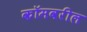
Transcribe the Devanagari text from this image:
कॉमवरील